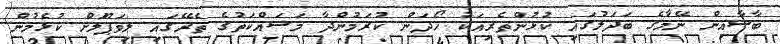
ބާސާއިން ނޭމާގެ ބަދަލުގައި ކުޅުންތެރިއަކު ހޯދަން ކުރަމުންދާ މަސައްކަތުގެ ތެރޭގައި ލިވަޕޫލަށް ކުޅެމުން